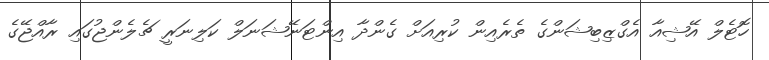
ހޮޓެލް އޭޝިއާ އެގްޒިބިޝަންގެ ތެރެއިން ކުރިއަށް ގެންދާ އިންޓަނޭޝަނަލް ކަލިނަރީ ޗެލެންޖުގައި ރާއްޖޭގެ